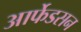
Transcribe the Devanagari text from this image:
आर्फेडसन